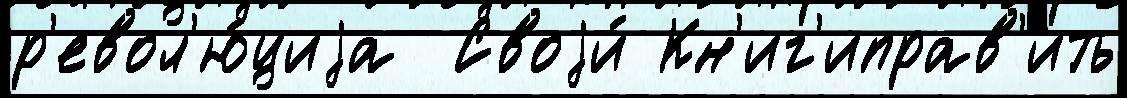
р'евол'ю́циjа  Своjи́ Кн'иг'иправ'ить